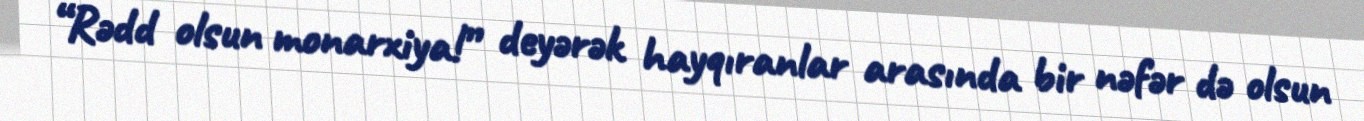
“Rədd olsun monarxiya!” deyərək hayqıranlar arasında bir nəfər də olsun